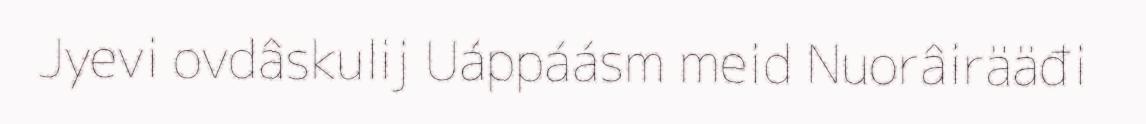
Jyevi ovdâskulij Uáppáásm meid Nuorâirääđi